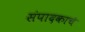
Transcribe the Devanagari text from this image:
संपादकाचे